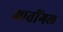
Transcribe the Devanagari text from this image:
आतींगल